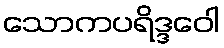
သောကပရိဒ္ဒဝေါ